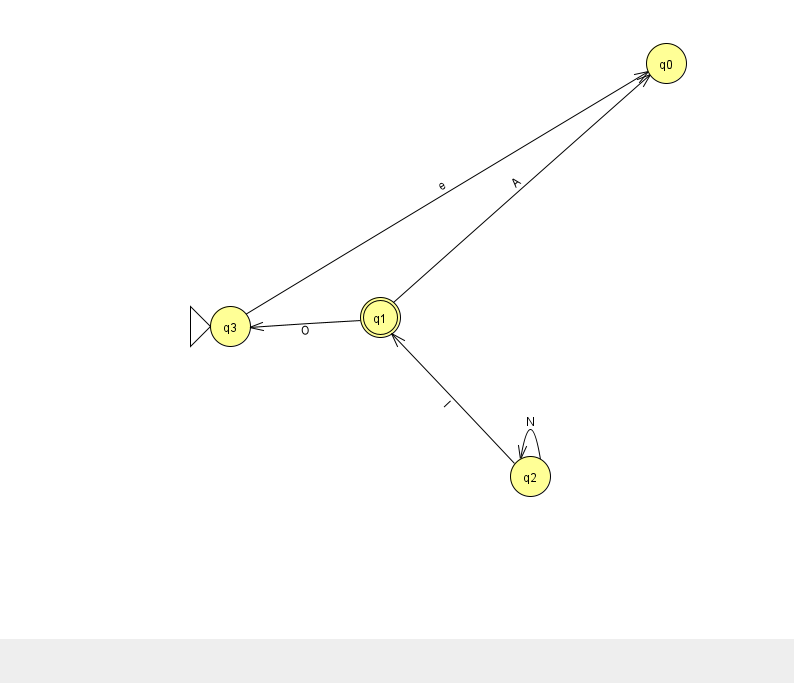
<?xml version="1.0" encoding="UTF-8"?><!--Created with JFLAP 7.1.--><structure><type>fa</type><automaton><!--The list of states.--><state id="0" name="q0"><x>666.0</x><y>50.0</y></state><state id="1" name="q1"><x>380.0</x><y>304.0</y><final/></state><state id="2" name="q2"><x>530.0</x><y>463.0</y></state><state id="3" name="q3"><x>230.0</x><y>313.0</y><initial/></state><!--The list of transitions.--><transition><from>1</from><to>3</to><read>O</read></transition><transition><from>2</from><to>1</to><read>I</read></transition><transition><from>3</from><to>0</to><read>e</read></transition><transition><from>1</from><to>0</to><read>A</read></transition><transition><from>2</from><to>2</to><read>N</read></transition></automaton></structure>